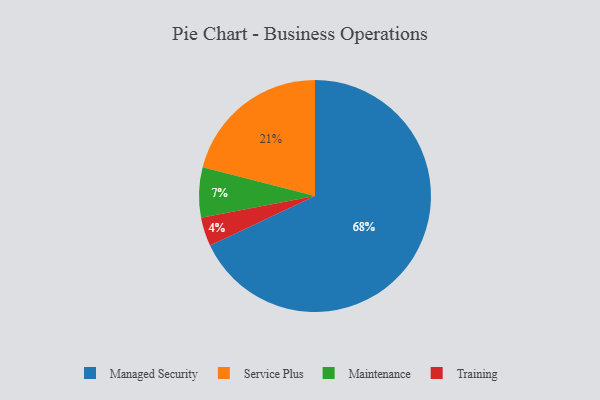
{"axis": {"x": "Category", "y": "Percentage"}, "legend": ["Maintenance", "Managed Security", "Service Plus", "Training"], "data": [{"x": "Training", "y": 4, "type": "Training"}, {"x": "Maintenance", "y": 7, "type": "Maintenance"}, {"x": "Managed Security", "y": 68, "type": "Managed Security"}, {"x": "Service Plus", "y": 21, "type": "Service Plus"}]}